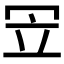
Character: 𠖃